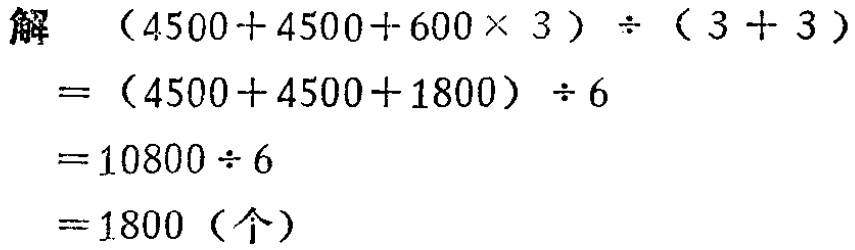
解
\[
\begin{align*}
&(4500 + 4500 + 600\times3)\div(3 + 3)\\
=&(4500 + 4500 + 1800)\div6\\
=&10800\div6\\
=&1800 (\text{个})
\end{align*}
\]